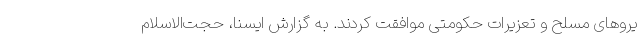
یروهای مسلح و تعزیرات حکومتی موافقت کردند. به گزارش ایسنا، حجت‌الاسلام